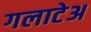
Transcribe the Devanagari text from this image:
गलाटेअ